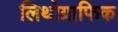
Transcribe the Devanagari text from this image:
लिथोग्राफिक